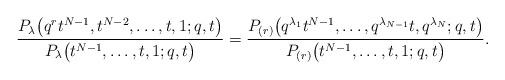
LaTeX: \begin{align*}\frac{P_{\lambda}\big(q^rt^{N-1}, t^{N-2}, \dots, t, 1; q, t\big)}{P_{\lambda}\big(t^{N-1}, \dots, t, 1; q, t\big)} = \frac{P_{(r)}\big(q^{\lambda_1}t^{N-1}, \dots, q^{\lambda_{N-1}}t, q^{\lambda_N}; q, t\big)}{P_{(r)}\big(t^{N-1}, \dots, t, 1; q, t\big)}.\end{align*}